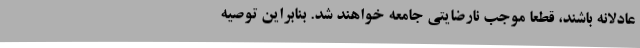
عادلانه باشند، قطعا موجب نارضایتی جامعه خواهند شد. بنابراین توصیه